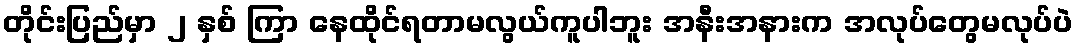
တိုင်းပြည်မှာ ၂ နှစ် ကြာ နေထိုင်ရတာမလွယ်ကူပါဘူး အနီးအနားက အလုပ်တွေမလုပ်ပဲ